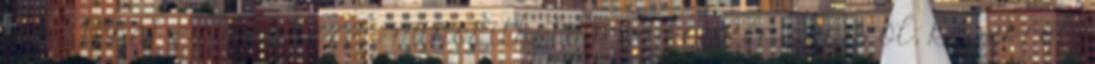
stb. Tehát ez a nehezen minősí­thető megjegyzés seggről, képekről,